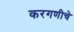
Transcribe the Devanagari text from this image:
करगणीचे